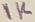
Text: 1K